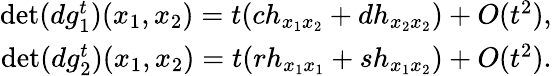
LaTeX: \begin{array}{r}{\operatorname*{det}(dg_{1}^{t}){(x_{1},x_{2})}=t(ch_{x_{1}x_{2}}+dh_{x_{2}x_{2}})+O(t^{2}),}\\ {\operatorname*{det}(dg_{2}^{t}){(x_{1},x_{2})}=t(rh_{x_{1}x_{1}}+sh_{x_{1}x_{2}})+O(t^{2}).}\end{array}